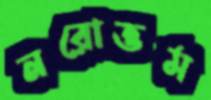
নরোত্তম